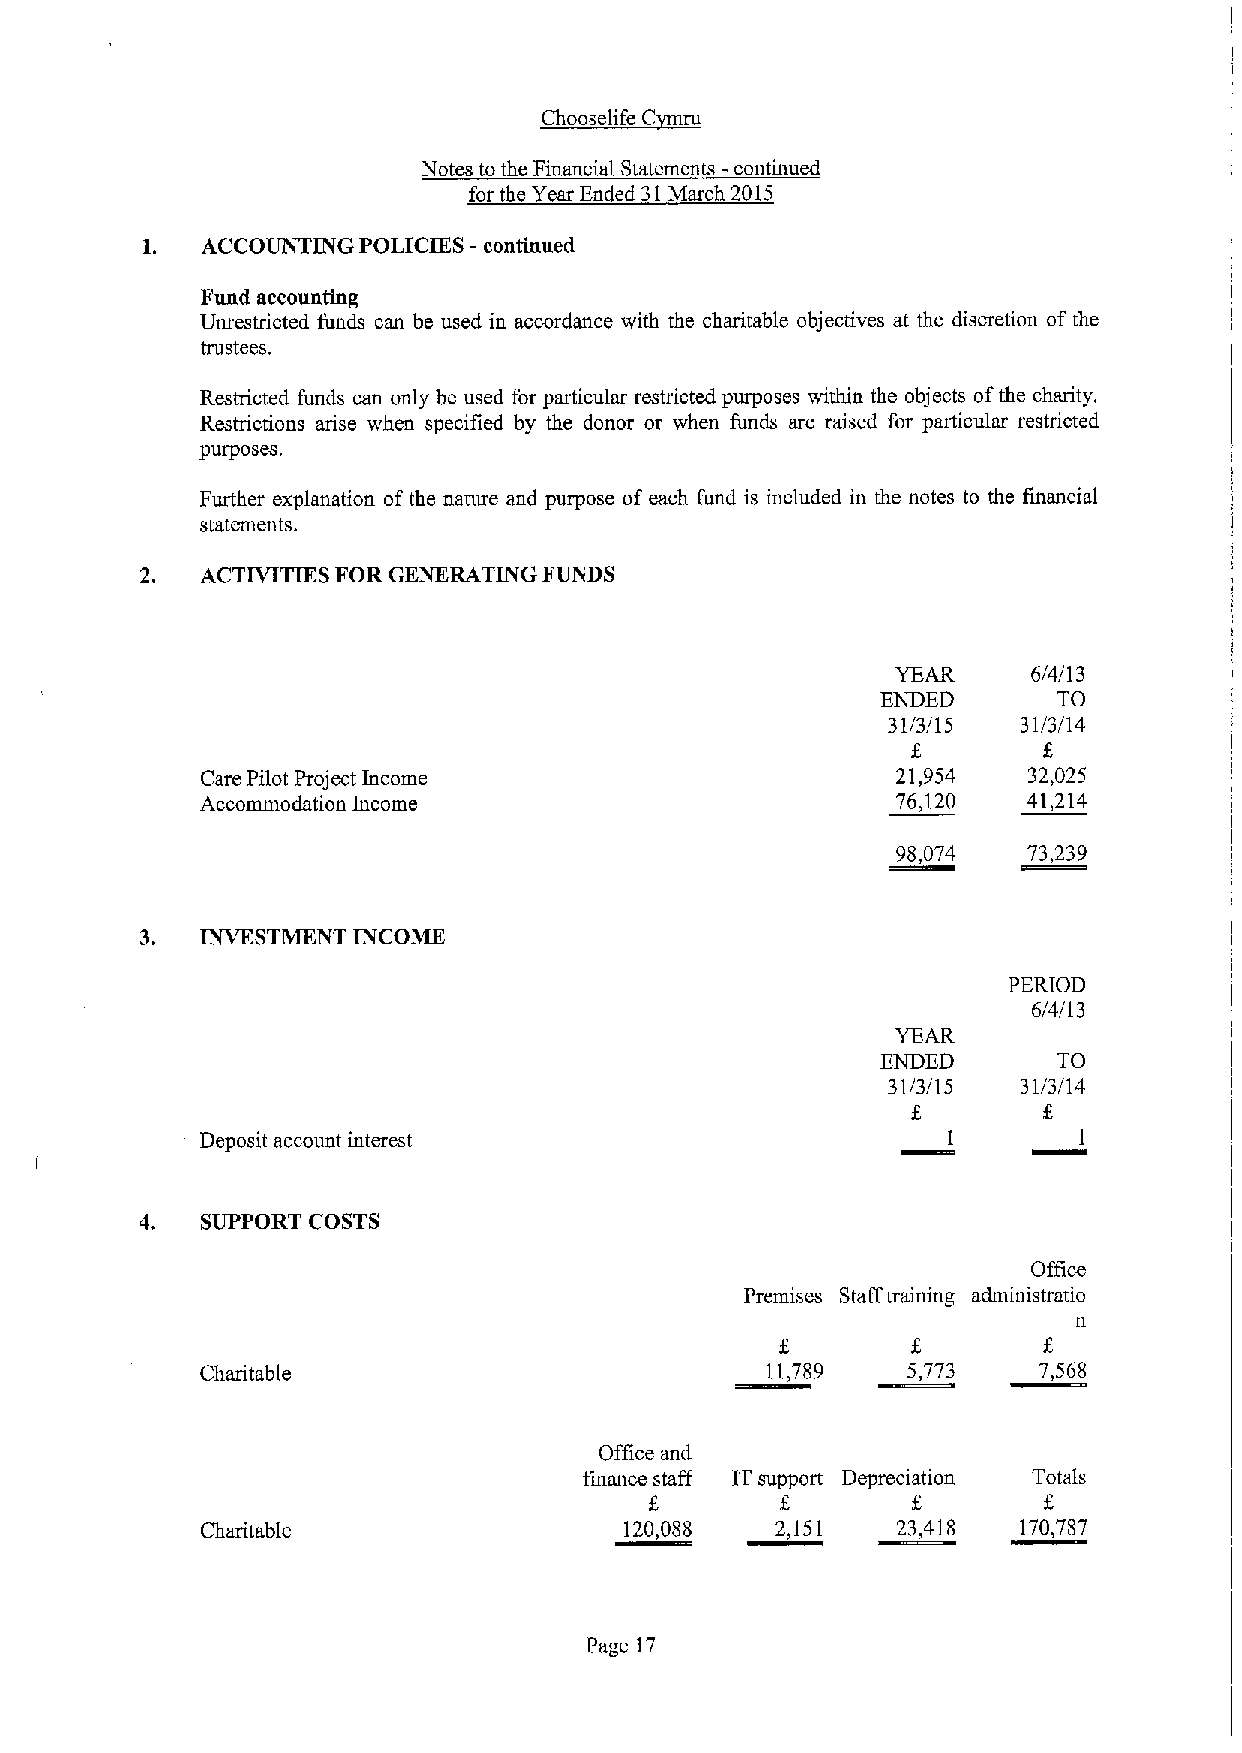
st
 C
 Notes to the Financial Statements -continued
 for the Year Ended 31March 2015
 1.  ACCOUNTING POLICIES - continued
 Fund accounting
 Unrestricted funds can be used in accordance with the charitable objectives at the discretion ofthe
 trustees.
 Restricted funds oan only be used for particular restricted purposes within the objects ofthe charity.
 Restrictions arise when specified by the donor or when funds are raised for particular restricted
 plllposes.
 Further explanation of the nature and purpose of each fund is included in the notes to the financial
 statements.
 ACTIVITIES FOR GENERATING FUNDS
 YEAR     6/4/13
 ENDED       TO
 31/3/15  31/3/14
 Care Pilot Project Income                     21,954   32,025
 Accommodation Income                          76,120   41,214
 98,074   73,239
 3.  INVESTMENT INCOME
 PERIOD
 6/4/13
 YEAR
 ENDED       TO
 31/3/15  31/3/14
 Deposit account interest                          I       1
 4.  SUPPORT COSTS
 Office
 Premises Staff training administratio
 n
 Charitable                            11,789   5,773    7,568
 Office and
 finance staff ITsupport Depreciation Totals
 Charitable                  120,088   2,151   23,418   170,787
 Page 17